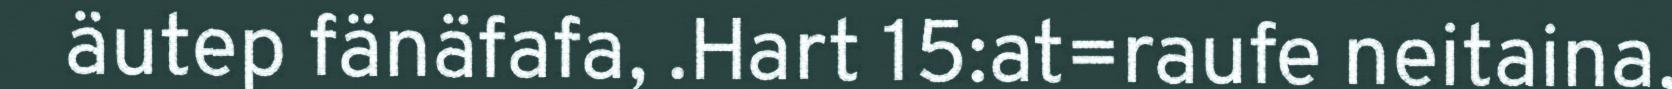
äutep fänäfafa, .Hart 15:at=raufe neitaina,